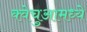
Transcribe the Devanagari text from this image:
क्वेचुआमध्ये